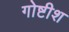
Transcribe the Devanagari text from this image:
गोष्टीश